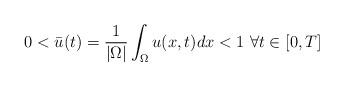
LaTeX: \begin{align*}0<\bar{u}(t)=\frac{1}{\left\vert \Omega\right\vert }\int_{\Omega}u(x,t)dx<1~\forall t\in\lbrack0,T] \end{align*}